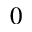
0